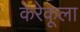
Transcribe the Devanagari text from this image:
केरेकूला